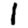
Digit: 1